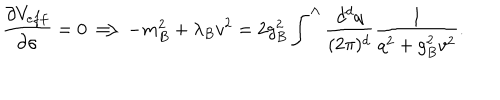
\frac { \partial V _ { e f f } } { \partial \sigma } = 0 \Longrightarrow - m _ { B } ^ { 2 } + \lambda _ { B } v ^ { 2 } = 2 g _ { B } ^ { 2 } \int ^ { \Lambda } \frac { d ^ { d } q } { ( 2 \pi ) ^ { d } } \frac { 1 } { q ^ { 2 } + g _ { B } ^ { 2 } v ^ { 2 } } .